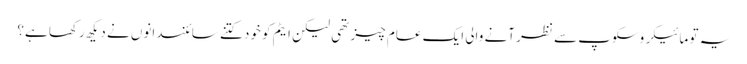
یہ تو مائیکروسکوپ سے نظر آنے والی ایک عام چیز تھی لیکن ایٹم کو خود کتنے سائنسدانوں نے دیکھ رکھا ہے؟